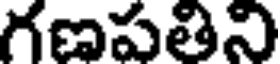
గణపతిని